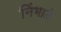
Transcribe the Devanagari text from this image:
निंभाळे